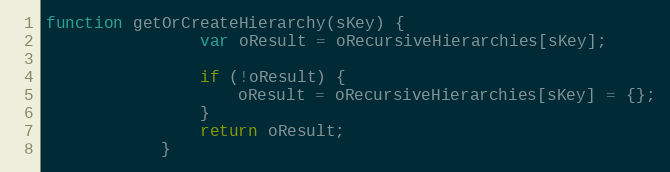
Language: JavaScript
function getOrCreateHierarchy(sKey) {
				var oResult = oRecursiveHierarchies[sKey];

				if (!oResult) {
					oResult = oRecursiveHierarchies[sKey] = {};
				}
				return oResult;
			}